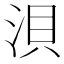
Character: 浿